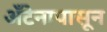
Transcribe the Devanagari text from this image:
अँटेनापासून